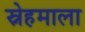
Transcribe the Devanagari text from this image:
स्नेहमाला